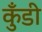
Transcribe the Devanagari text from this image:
कुँडी